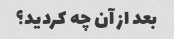
بعد از آن چه کردید؟